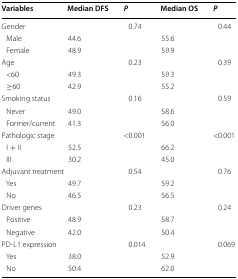
| Variables | Median DFS | P | Median OS | P |
 | --- | --- | --- | --- | --- |
 | <COLSPAN=2> Gender | 0.74 |  | 0.44 |
 | Male | 44.6 |  | 55.6 |  |
 | Female | 48.9 |  | 59.9 |  |
 | <COLSPAN=2> Age | 0.23 |  | 0.39 |
 | <60 | 49.3 |  | 59.3 |  |
 | ≥60 | 42.9 |  | 55.2 |  |
 | <COLSPAN=2> Smoking status | 0.16 |  | 0.59 |
 | Never | 49.0 |  | 58.6 |  |
 | Former/current | 41.3 |  | 56.0 |  |
 | <COLSPAN=2> Pathologic stage | <0.001 |  | <0.001 |
 | I + II | 52.5 |  | 66.2 |  |
 | III | 30.2 |  | 45.0 |  |
 | <COLSPAN=2> Adjuvant treatment | 0.54 |  | 0.76 |
 | Yes | 49.7 |  | 59.2 |  |
 | No | 46.5 |  | 56.5 |  |
 | <COLSPAN=2> Driver genes | 0.23 |  | 0.24 |
 | Positive | 48.9 |  | 58.7 |  |
 | Negative | 42.0 |  | 50.4 |  |
 | <COLSPAN=2> PD-L1 expression | 0.014 |  | 0.069 |
 | Yes | 38.0 |  | 52.9 |  |
 | No | 50.4 |  | 62.0 |  |